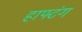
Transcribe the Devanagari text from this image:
हाफ्टंग